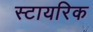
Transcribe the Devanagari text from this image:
स्टायरिक